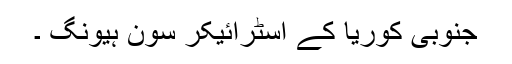
جنوبی کوریا کے اسٹرائیکر سون ہیونگ ۔